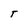
Character: T